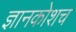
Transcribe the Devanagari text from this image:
ज्ञानकोशच